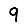
Digit: 9